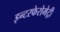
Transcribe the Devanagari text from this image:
इन्टरफेरोमेट्री